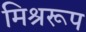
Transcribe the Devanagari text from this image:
मिश्ररूप